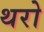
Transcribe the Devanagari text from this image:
थरो